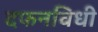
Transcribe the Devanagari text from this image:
दफनविधी